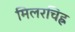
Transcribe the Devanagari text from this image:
मिलरचिह्र